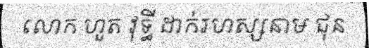
លោក ហួត វុទ្ធី ដាក់រហស្សនាម ជុន